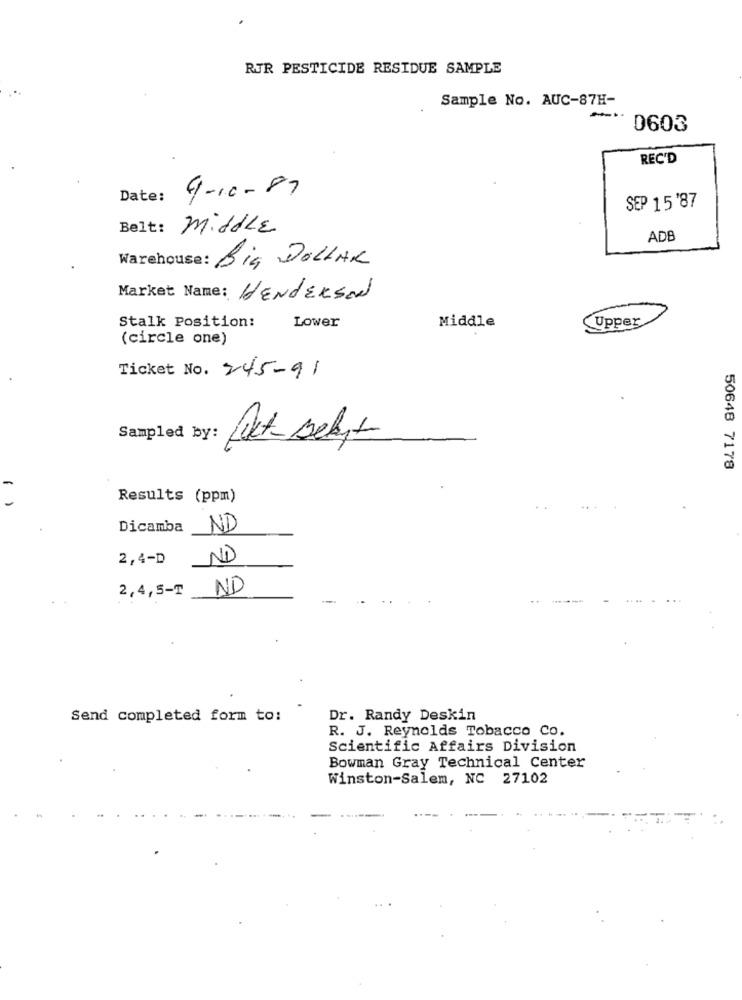
RUR PESTICIDE RESIDUE SAMPLE
Sample No. AUC-87H-
0603
REC'D
9-10-87
Date:
SEP 15'87
Belt:
middle
ADB
Warehouse: Big DOLLAR
Market Name: HENdersad
Stalk Position:
Lower
Middle
Upper
(circle one)
Ticket No. 245-91
Sampled by:
50648 7178
( )
Results (ppm)
Dicamba
ND
2,4-D
NO
2,4,5-T
ND
Send completed form to:
Dr. Randy Deskin
R. J. Reynolds Tobacco Co.
Scientific Affairs Division
Bowman Gray Technical Center
Winston-Salem, NC 27102